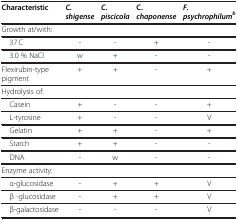
<table><thead><tr><td><b>Characteristic</b></td><td><b><i>C. shigense</i></b></td><td><b><i>C. piscicola</i></b></td><td><b>C.<i>chaponense</i></b></td><td><b><i>F. psychrophilum</i><sup><i>b</i></sup></b></td></tr></thead><tbody><tr><td>Growth at/with:</td><td> </td><td> </td><td> </td><td> </td></tr><tr><td> 37 C</td><td>-</td><td>-</td><td>+</td><td>-</td></tr><tr><td> 3.0 % NaCl</td><td>w</td><td>+</td><td>-</td><td>-</td></tr><tr><td>Flexirubin-type pigment</td><td>+</td><td>+</td><td>-</td><td>+</td></tr><tr><td>Hydrolysis of:</td><td> </td><td> </td><td> </td><td> </td></tr><tr><td> Casein</td><td>+</td><td>-</td><td>-</td><td>+</td></tr><tr><td> L-tyrosine</td><td>+</td><td>-</td><td>-</td><td>V</td></tr><tr><td> Gelatin</td><td>+</td><td>+</td><td>-</td><td>+</td></tr><tr><td> Starch</td><td>+</td><td>+</td><td>-</td><td>-</td></tr><tr><td> DNA</td><td>-</td><td>w</td><td>-</td><td>-</td></tr><tr><td>Enzyme activity:</td><td> </td><td> </td><td> </td><td> </td></tr><tr><td> α-glucosidase</td><td>-</td><td>+</td><td>+</td><td>V</td></tr><tr><td> β -glucosidase</td><td>-</td><td>+</td><td>+</td><td>V</td></tr><tr><td> β-galactosidase</td><td>-</td><td>-</td><td>-</td><td>V</td></tr></tbody></table>